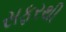
સફરથી